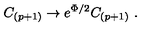
C _ { ( p + 1 ) } \rightarrow e ^ { \Phi / 2 } C _ { ( p + 1 ) } \ .